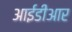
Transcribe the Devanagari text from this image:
आईडीआर